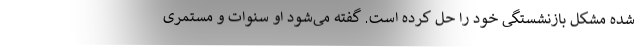
شده مشکل بازنشستگی خود را حل کرده است. گفته می‌شود او سنوات و مستمری